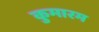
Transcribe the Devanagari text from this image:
कुमारम